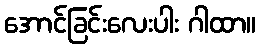
အောင်ခြင်းလေးပါး ဂါထာ။